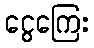
ငွေကြေး